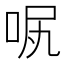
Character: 𠲙